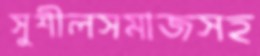
সুশীলসমাজসহ